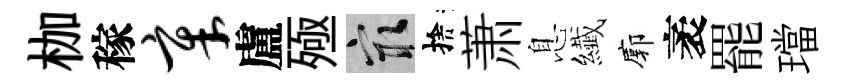
枷稼章盧殛冣捨萧息纎廓袤罷璫